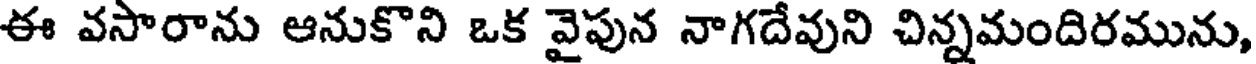
ఈ వసారాను ఆనుకొని ఒక వైపున నాగదేవుని చిన్నమందిరమును,